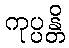
ကုပ္ပန္တိ